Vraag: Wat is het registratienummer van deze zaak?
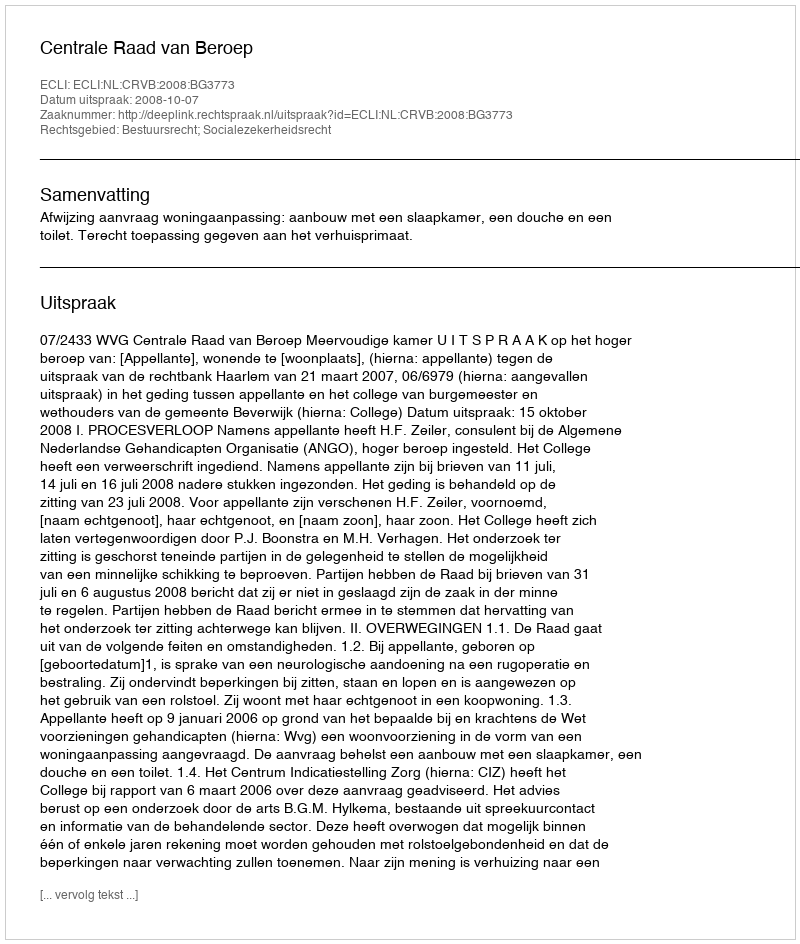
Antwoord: http://deeplink.rechtspraak.nl/uitspraak?id=ECLI:NL:CRVB:2008:BG3773